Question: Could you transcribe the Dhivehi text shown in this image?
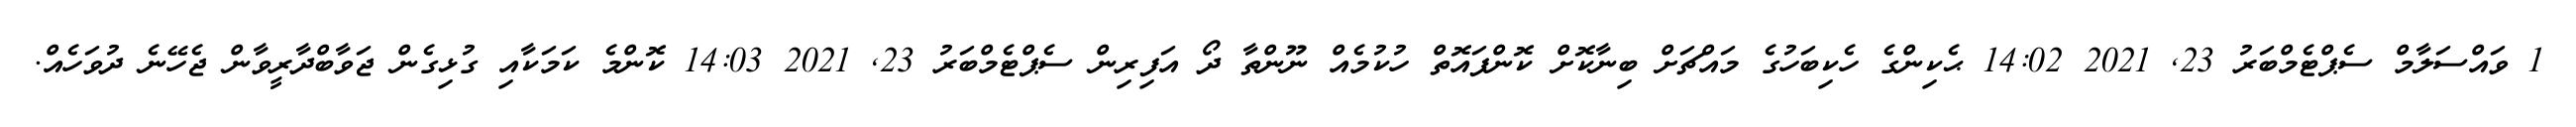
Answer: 1 ވައްސަލާމް ސެޕްޓެމްބަރު 23, 2021 14:02 ޙެކިންގެ ހެކިބަހުގެ މައްޗަށް ބިނާކޮށް ކޮންފައޮތް ހުކުމެއް ނޫންތާ ދޯ އަފިރިން ސެޕްޓެމްބަރު 23, 2021 14:03 ކޮންމެ ކަމަކާއި ގުޅިގެން ޖަވާބްދާރީވާން ޖެހޭނެ ދުވަހެއް.